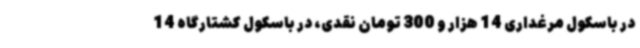
در باسکول مرغداری 14 هزار و 300 تومان نقدی، در باسکول کشتارگاه 14